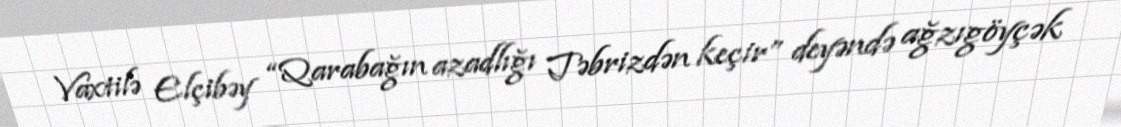
Vaxtilə Elçibəy “Qarabağın azadlığı Təbrizdən keçir” deyəndə ağzıgöyçək